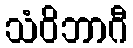
သံဝိဘာဂီ